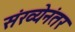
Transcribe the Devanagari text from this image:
संख्येनंतर